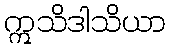
ဣသိဒါသိယာ